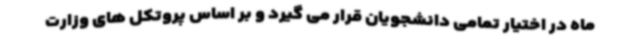
ماه در اختیار تمامی دانشجویان قرار می گیرد و بر اساس پروتکل های وزارت